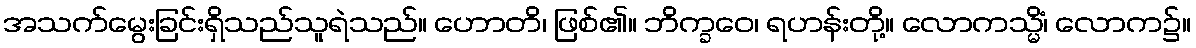
အသက်မွေးခြင်းရှိသည်သူရဲသည်။ ဟောတိ၊ ဖြစ်၏။ ဘိက္ခဝေ၊ ရဟန်းတို့။ လောကသ္မိံ၊ လောက၌။